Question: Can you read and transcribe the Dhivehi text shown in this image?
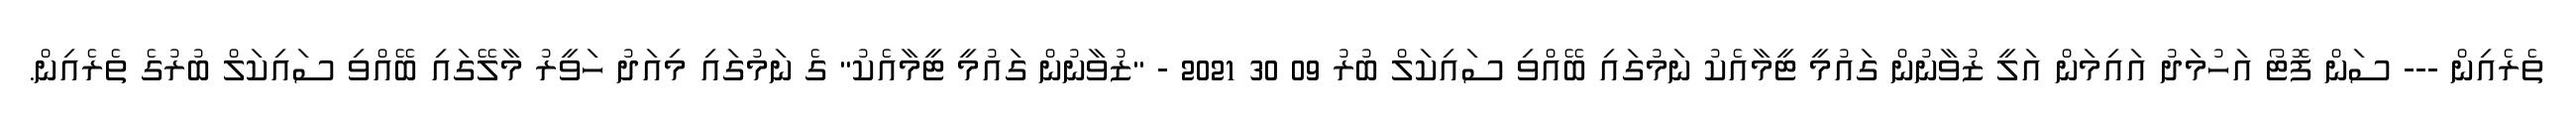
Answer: ތެރެއިން --- ސަން ފޮޓޯ އަހުމަދު އައިމަން އަލީ ޒުވާނުން ގައުމީ ޓީމާއެކު ނަމުގައި ބޭއްވި ސައިކަލް ބުރު 09 30 2021 - "ޒުވާނުން ގައުމީ ޓީމާއެކު" ގެ ނަމުގައި މިއަދު ހަވީރު މާލޭގައި ބޭއްވި ސައިކަލް ބުރުގެ ތެރެއިން.